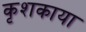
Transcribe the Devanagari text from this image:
कृशकाया